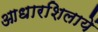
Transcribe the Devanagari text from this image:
आधारशिलायें